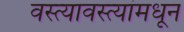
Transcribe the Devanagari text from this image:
वस्त्यावस्त्यांमधून